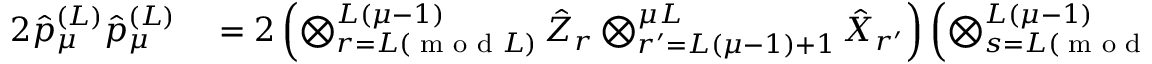
\begin{array} { r l } { 2 \hat { p } _ { \mu } ^ { ( L ) } \hat { p } _ { \mu } ^ { ( L ) } } & { { } = 2 \left( \bigotimes _ { r = L ( \textrm { m o d } L ) } ^ { L ( \mu - 1 ) } \hat { Z } _ { r } \bigotimes _ { r ^ { \prime } = L ( \mu - 1 ) + 1 } ^ { \mu L } \hat { X } _ { r ^ { \prime } } \right) \left( \bigotimes _ { s = L ( \textrm { m o d } L ) } ^ { L ( \mu - 1 ) } \hat { Z } _ { s } \bigotimes _ { s ^ { \prime } = L ( \mu - 1 ) + 1 } ^ { \mu L } \hat { X } _ { s ^ { \prime } } \right) } \end{array}